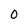
Character: 0